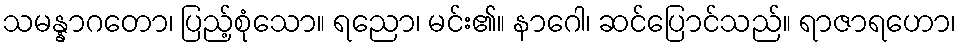
သမန္နာဂတော၊ ပြည့်စုံသော။ ရညော၊ မင်း၏။ နာဂေါ၊ ဆင်ပြောင်သည်။ ရာဇာရဟော၊